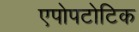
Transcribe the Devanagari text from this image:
एपोपटोटिक